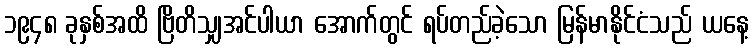
၁၉၄၈ ခုနှစ်အထိ ဗြိတိသျှအင်ပါယာ အောက်တွင် ရပ်တည်ခဲ့သော မြန်မာနိုင်ငံသည် ယနေ့